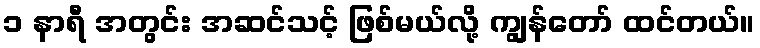
၁ နာရီ အတွင်း အဆင်သင့် ဖြစ်မယ်လို့ ကျွန်တော် ထင်တယ်။